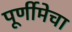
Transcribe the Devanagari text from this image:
पूर्णीमेचा